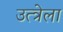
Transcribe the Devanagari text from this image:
उत्त्रेला